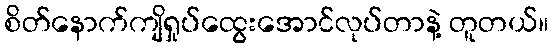
စိတ်နောက်ကျိရှုပ်ထွေးအောင်လုပ်တာနဲ့ တူတယ်။